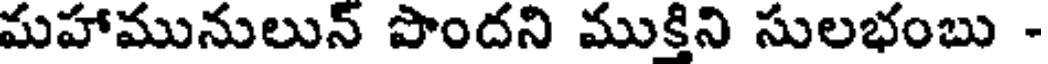
మహామునులున్ పొందని ముక్తిని సులభంబు -